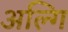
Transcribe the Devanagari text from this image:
अल्गि